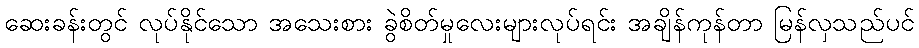
ဆေးခန်းတွင် လုပ်နိုင်သော အသေးစား ခွဲစိတ်မှုလေးများလုပ်ရင်း အချိန်ကုန်တာ မြန်လှသည်ပင်